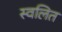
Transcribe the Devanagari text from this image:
स्वलित